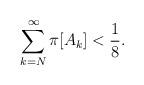
LaTeX: \begin{align*}\sum_{k=N}^\infty \pi[A_k]<\frac18.\end{align*}